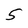
Character: 5